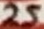
Text: 25